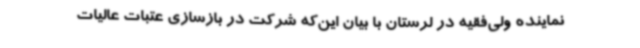
نماینده ولی‌فقیه در لرستان با بیان این‌که شرکت در بازسازی عتبات عالیات